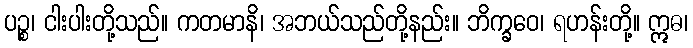
ပဉ္စ၊ ငါးပါးတို့သည်။ ကတမာနိ၊ အဘယ်သည်တို့နည်း။ ဘိက္ခဝေ၊ ရဟန်းတို့။ ဣဓ၊